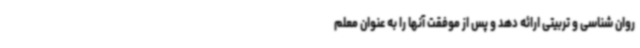
روان شناسی و تربیتی ارائه دهد و پس از موفقت آنها را به عنوان معلم